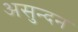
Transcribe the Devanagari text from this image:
असुन्दन